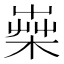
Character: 𣕐